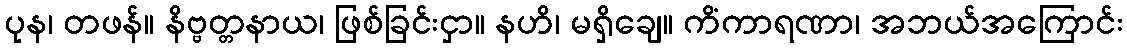
ပုန၊ တဖန်။ နိဗ္ဗတ္တနာယ၊ ဖြစ်ခြင်းငှာ။ နဟိ၊ မရှိချေ။ ကိံကာရဏာ၊ အဘယ်အကြောင်း